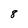
Character: 8